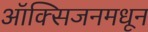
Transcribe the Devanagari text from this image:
ऑक्सिजनमधून